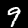
Label: 9